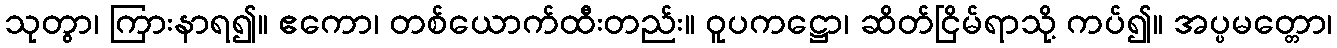
သုတွာ၊ ကြားနာရ၍။ ဧကော၊ တစ်ယောက်ထီးတည်း။ ဝူပကဋ္ဌော၊ ဆိတ်ငြိမ်ရာသို့ ကပ်၍။ အပ္ပမတ္တော၊